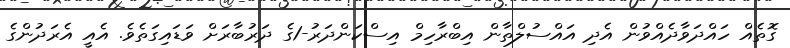
ގޮތެއް ހައްދަވާދެއްވުން އެދި އައްސުލްތާން އިބްރާހިމް އިސްކަންދަރު-1ގެ ދަރުބާރަށް ވަޑައިގަތެވެ. އެއީ އެރަދުންގެ